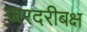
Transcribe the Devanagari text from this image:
जरदरीबक्ष